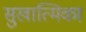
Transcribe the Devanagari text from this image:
सुखात्मिका